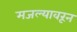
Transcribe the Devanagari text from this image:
मजल्यावरून